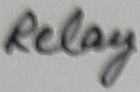
Text: Relay